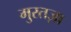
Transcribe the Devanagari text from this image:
मुरतज़ा